Papers set at the Examination for Leaving Certificates, 1894
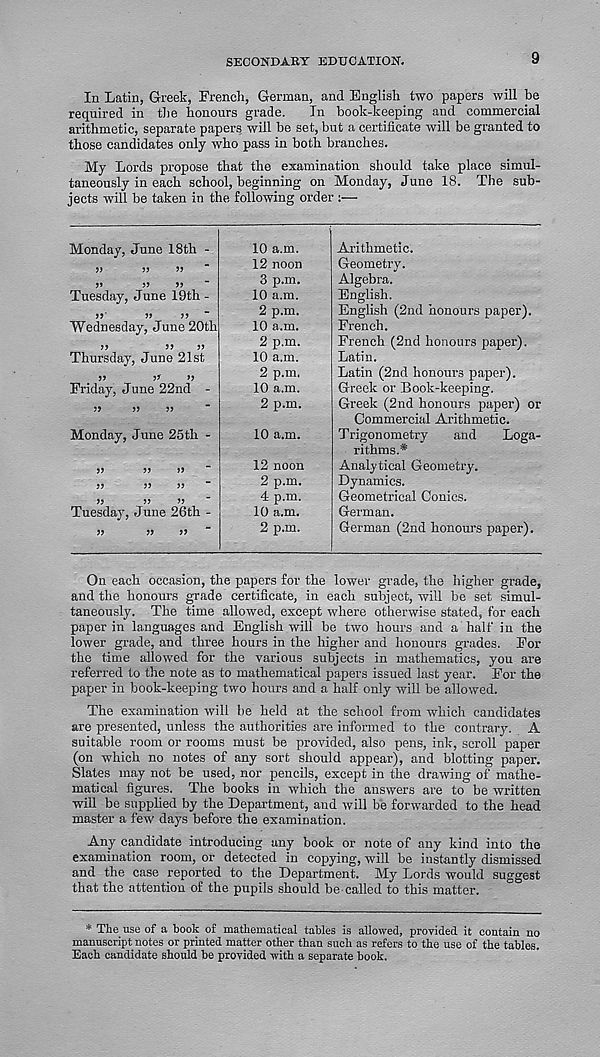
SECONDARY EDUCATION.
9
In Latin, Greek, French, German, and English two papers will be
required in the honours grade.
In book-keeping and commercial
arithmetic, separate papers will be set, but a certificate will be granted to
those candidates only who pass in both branches.
My Lords propose that the examination should take place simul-
taneously in each school, beginning on Monday, June 18. The sub-
jects will be taken in the following order :—
Monday, June 18th -
V
?>
>»
>5
>>
Tuesday, June 19th -
>>
>>
Wednesday, June 20th
>>
J5
Thursday, June 21st
JJ
5*
>>
Friday, June 22nd -
?>
5)
Monday, June 25th -
Tuesday, June 26th -
10 a.m.
12 noon
3 p.m.
10 a.m.
2 p.m.
10 a.m.
2 p.m.
10 a.m.
2 p.m,
10 a.m.
2 p.m.
10 a.m.
12 noon
2 p.m.
4 p.m.
10 a.m.
2 p.m.
Arithmetic.
Geometry.
Algebra.
English.
English (2nd honours paper).
French.
French (2nd honours paper).
Latin.
Latin (2nd honours paper).
Greek or Book-keeping.
Greek (2nd honours paper) or
Commercial Arithmetic.
Trigonometry
and
Loga-
rithms.*
Analytical Geometry.
Dynamics.
Geometrical Conics.
German.
German (2nd honours paper).
On each occasion, the papers for the lower grade, the higher grade,
and the honours grade certificate, in each subject, will be set simul-
taneously. The time allowed, except where otherwise stated, for each
paper in languages and English will he two hours and a half in the
lower grade, and three hours in the higher and honours grades. For
the time allowed for the various subjects in mathematics, you are
referred to the note as to mathematical papers issued last year. For the
paper in book-keeping two hours and a half only will be allowed.
The examination will be held at the school from which candidates
are presented, unless the authorities are informed to the contrary. A
suitable room or rooms must be provided, also pens, ink, scroll paper
(on which no notes of any sort should appear), and blotting paper.
Slates may not be used, nor pencils, except in the drawing of mathe-
matical figures. The hooks in which the answers are to be written
will be supplied by the Department, and will be forwarded to the head
master a few days before the examination.
Any candidate introducing any book or note of any kind into the
examination room, or detected in copying, will be instantly dismissed
and the case reported to the Department. My Lords would suggest
that the attention of the pupils should be called to this matter.
* The use of a book of mathematical tables is allowed, provided it contain no
manuscript notes or printed matter other than such as refers to the use of the tables.
Each candidate should be provided with a separate book.